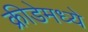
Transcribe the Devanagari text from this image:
क्रीडेमध्ये